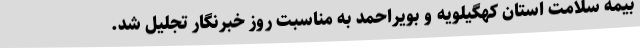
بیمه سلامت استان کهگیلویه و بویراحمد به مناسبت روز خبرنگار تجلیل شد.